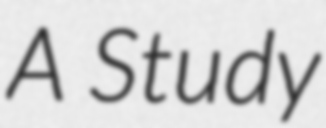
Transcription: A Study